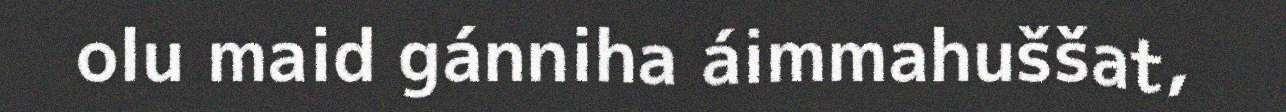
olu maid gánniha áimmahuššat,